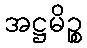
အဋ္ဌမိဉ္စ